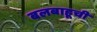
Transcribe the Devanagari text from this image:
बलबाहूची